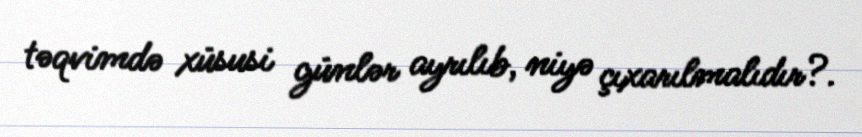
təqvimdə xüsusi günlər ayrılıb, niyə çıxarılmalıdır?.